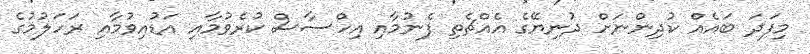
މިފަދަ ބައެއް ކުދިންނަށް ދުނިޔޭގެ އެއްޗެތި ފެނުމާއި އިހްސާސް ކުރެވުމާއި އަޑުއިވުމާއި ރަހަލުމުގެ